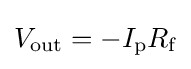
V_{\text{out}}=-I_{\text{p}}R_{\text{f}}